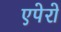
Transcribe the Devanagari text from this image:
एपेरो